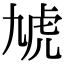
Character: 虓